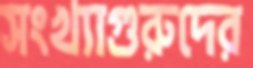
সংখ্যাগুরুদের